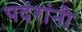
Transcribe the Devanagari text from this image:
पदरांनी